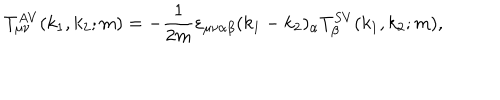
LaTeX: T _ { \mu \nu } ^ { A V } ( k _ { 1 } , k _ { 2 } ; m ) = - \frac { 1 } { 2 m } \varepsilon _ { \mu \nu \alpha \beta } ( k _ { 1 } - k _ { 2 } ) _ { \alpha } T _ { \beta } ^ { S V } ( k _ { 1 } , k _ { 2 } ; m ) ,